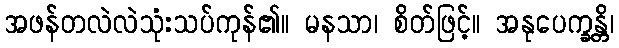
အဖန်တလဲလဲသုံးသပ်ကုန်၏။ မနသာ၊ စိတ်ဖြင့်။ အနုပေက္ခန္တိ၊